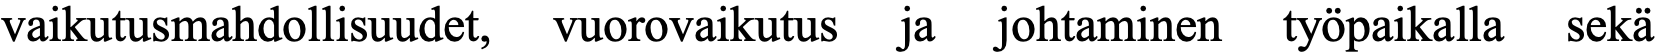
vaikutusmahdollisuudet, vuorovaikutus ja johtaminen työpaikalla sekä